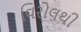
વિરોલથી